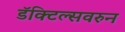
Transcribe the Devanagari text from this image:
डॅक्टिल्सवरुन